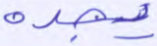
يجده